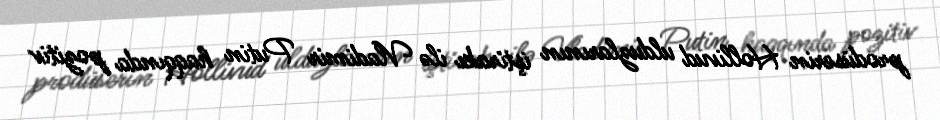
prodüserin Hollivud ulduzlarının iştirakı ilə Vladimir Putin haqqında pozitiv